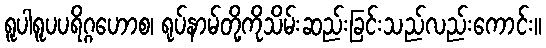
ရူပါရူပပရိဂ္ဂဟောစ၊ ရုပ်နာမ်တို့ကိုသိမ်းဆည်းခြင်းသည်လည်းကောင်း။